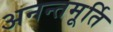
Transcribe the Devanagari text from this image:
अनन्तमूर्ति